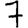
Digit: 7